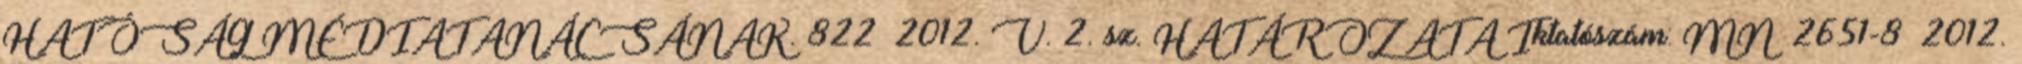
HATÓSÁG MÉDIATANÁCSÁNAK. 822 2012. V. 2. sz. HATÁROZATA Iktatószám: MN 2651-8 2012.